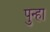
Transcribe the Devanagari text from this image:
पुन्‍हा